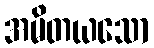
အမိတယသော